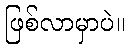
ဖြစ်လာမှာပဲ။